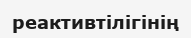
реактивтілігінің